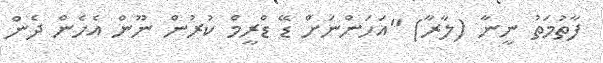
ފާތުމަތު ނީނާ (ލާރާ) "އަހަންނަށް ޑޭ ޑްރީމް ކުރުން ނޫން އެހެން ދެން